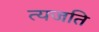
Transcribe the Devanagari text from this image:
त्यजति